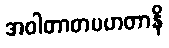
အဝါတာတပဟတာနိ